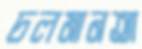
চলমানতা